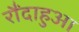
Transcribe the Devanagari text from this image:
रौंदाहुआ